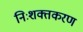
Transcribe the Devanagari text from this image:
निःशक्तकरण